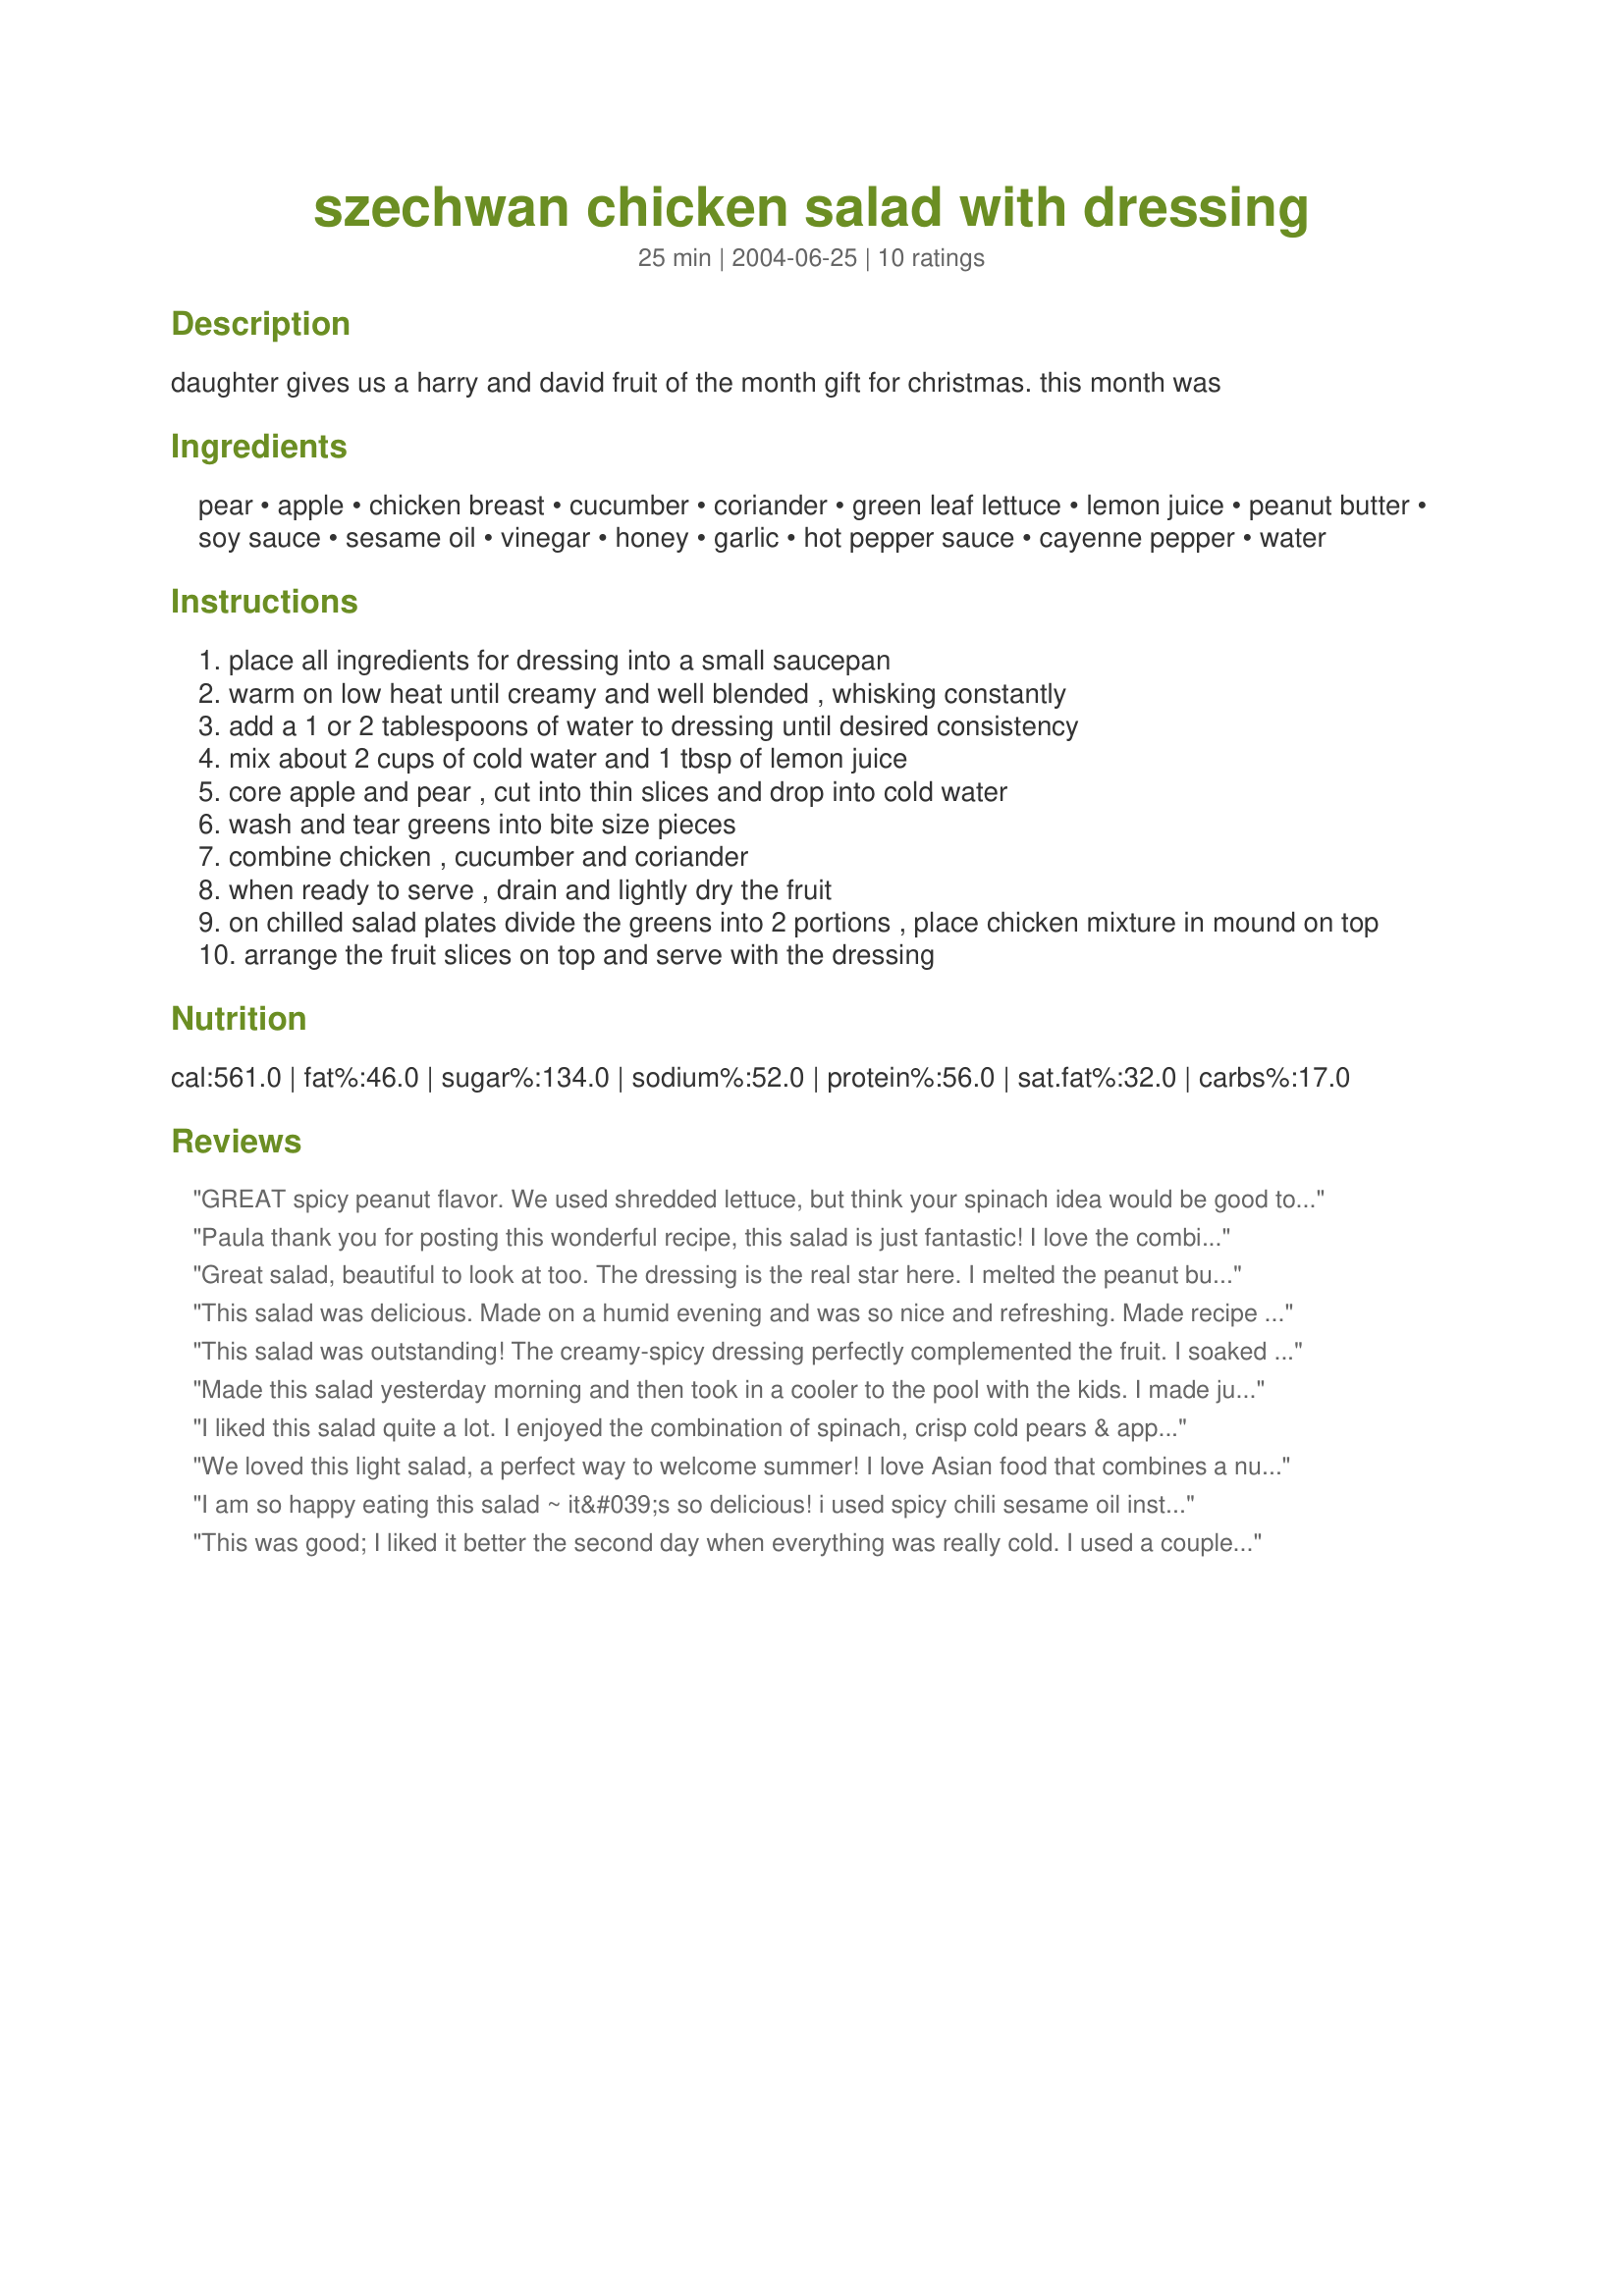
szechwan chicken salad with dressing
Preparation time: 25 minutes

daughter gives us a harry and david fruit of the month gift for christmas. this month was

Ingredients:
pear, apple, chicken breast, cucumber, coriander, green leaf lettuce, lemon juice, peanut butter, soy sauce, sesame oil, vinegar, honey, garlic, hot pepper sauce, cayenne pepper, water

Steps:
place all ingredients for dressing into a small saucepan
warm on low heat until creamy and well blended , whisking constantly
add a 1 or 2 tablespoons of water to dressing until desired consistency
mix about 2 cups of cold water and 1 tbsp of lemon juice
core apple and pear , cut into thin slices and drop into cold water
wash and tear greens into bite size pieces
combine chicken , cucumber and coriander
when ready to serve , drain and lightly dry the fruit
on chilled salad plates divide the greens into 2 portions , place chicken mixture in mound on top
arrange the fruit slices on top and serve with the dressing

Reviews:
GREAT spicy peanut flavor. We used shredded lettuce, but think your spinach idea would be good too. Very crispy and spicy too. Made for ZWT 6
Paula thank you for posting this wonderful recipe, this salad is just fantastic! I love the combination of all the flavors, this recipe is going into my favorites, and I look forward to making this many times again, great salad recipe Paula! thanks, Kitten:)
Great salad, beautiful to look at too. The dressing is the real star here. I melted the peanut butter in the microwave and slowly added the liquids and this worked perfectly. I omitted the honey and added the juice of a lime to it also, since I like my dressings on the tangier side. I skipped the cayenne, as the hot sauce made it spicy enough for me. I added more cilantro to the salad. The apples were OK in it, but the pears were my favorite - and I thought the amounts were just right. For a vegetarian version I bet tofu or edamame would be wonderful in it. I will make this again, especially the dressing - it would be really good in other applications as well.
This salad was delicious. Made on a humid evening and was so nice and refreshing. Made recipe as printed and it was perfect. Next time I am going to add a some grapes and maybe even sprinkle with sunflower seeds or chow mein noodles. Thanks Paula!!
This salad was outstanding! The creamy-spicy dressing perfectly complemented the fruit. I soaked my greens (spinach and romaine) in ice water while preparing the dressing. I used rice wine vinegar for the vinegar. When the dressing was ready I spun the lettuce, topped it and served immediately. Everyone loved it! Cold, crisp and delicious. Thanks Paula!
Made this salad yesterday morning and then took in a cooler to the pool with the kids. I made just as listed but reduced the amount of hot pepper sauce and cayenne pepper for kids. Excellent salad and wonderful for a take along. Next time, for adults, I will keep the hot stuff at the amounts written as I like it hot! Also, I think next time I will up the pear and apple to two of each as we really liked those bits the best. Thank you Paula for posting this wonderful and unique salad.
I liked this salad quite a lot. I enjoyed the combination of spinach, crisp cold pears & apples, and the cilantro. The dressing is delicious and pairs well with the ingredients. I did have a problem with the thickness of the dressing and repeatedly added additional water. I do agree with other reviewers that sunflower seeds or chow mein noodles would be a nice added ingredient to add crunch. Thank you for sharing the recipe!
We loved this light salad, a perfect way to welcome summer! I love Asian food that combines a nutty flavor with spicy, and the sweetness of the fruit and honey takes it to another level. I left out the cilantro (personal preference), otherwise made as stated. Next time I may also add some chow mein noodles. Thanks Paula for another great recipe! Made for ZWT6.
I am so happy eating this salad ~ it&#039;s so delicious! i used spicy chili sesame oil instead of the hot pepper sauce &amp; cayenne. I poached my chicken breast in salted water so it&#039;s really tender. Love the (slight) burn that&#039;s building up! Contrast that with the cool crunchy pears, apples &amp; cucumber ~ yippee! I&#039;m eating the whole thing for my lunch right now. Made for Culinary Quest 2014/CCQ. Oh! I also ended up adding more water than listed to the dressing but once it was thinned out, it was amazing! love the flavors! Thanks, Paula!
This was good; I liked it better the second day when everything was really cold. I used a couple of tablespoons of fresh cilantro; wish I would have used a little more. Unique flavor with the spiciness of the dressing in contrast to the sweet/tart flavor of the fruit.
